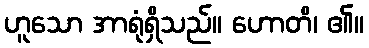
ဟူသော အာရုံရှိသည်။ ဟောတိ၊ ၏။